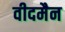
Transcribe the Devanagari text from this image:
वीदमैन